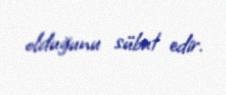
olduğunu sübut edir.